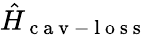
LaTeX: \hat{H}_{\mathrm{~c~a~v~-~l~o~s~s~}}